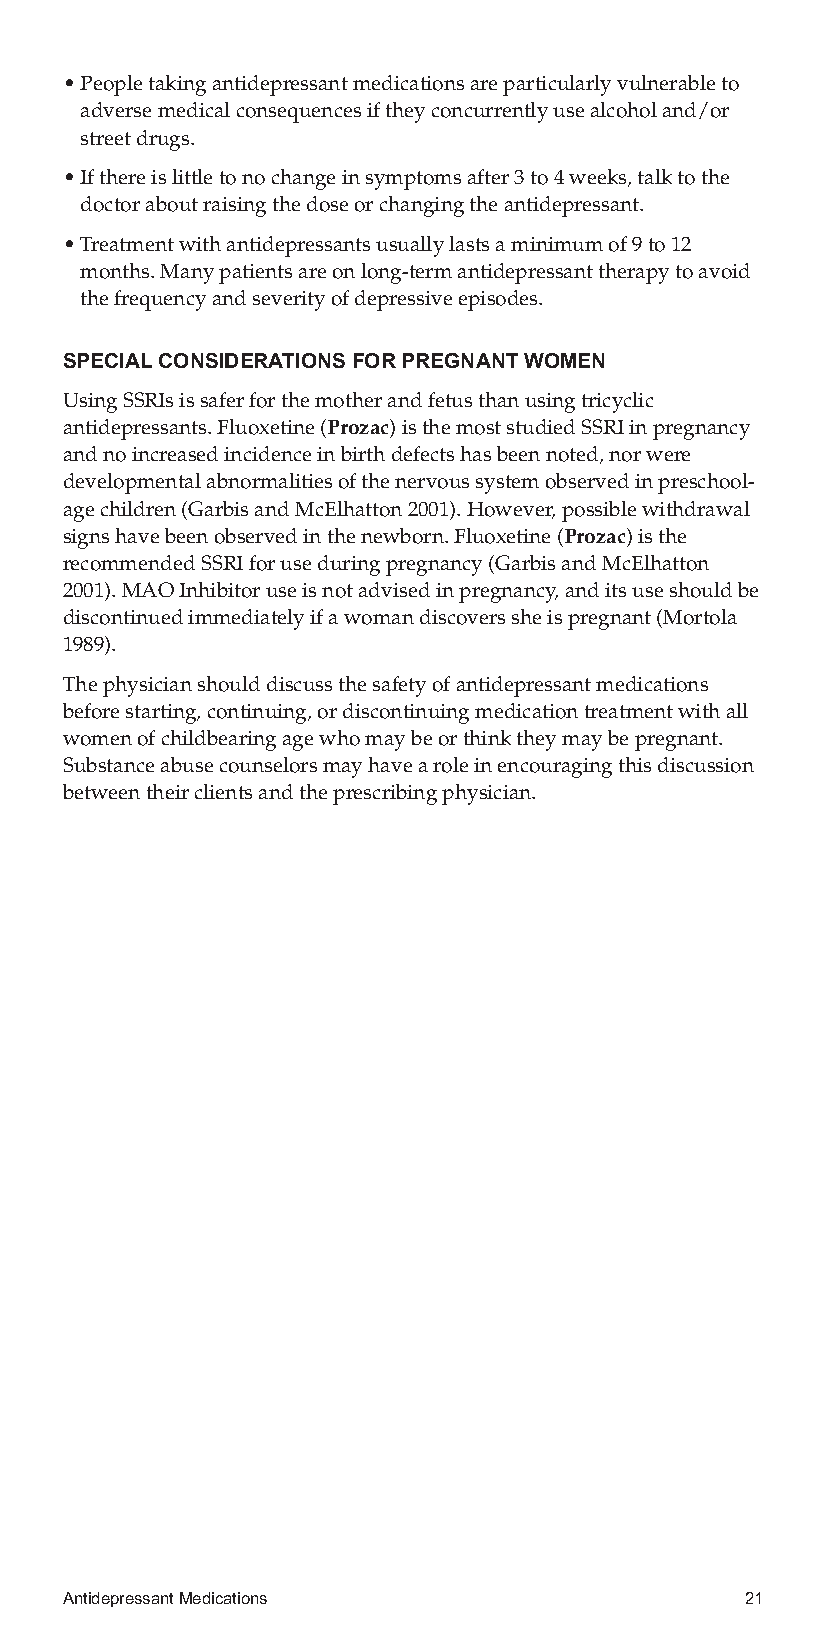
•Peopletakingantidepressantmedicationsareparticularlyvulnerableto
 adversemedicalconsequencesiftheyconcurrentlyusealcoholand/or
 streetdrugs.
 •Ifthereislittletonochangeinsymptomsafter3to4weeks,talktothe
 doctoraboutraisingthedoseorchangingtheantidepressant.
 •Treatmentwithantidepressantsusuallylastsaminimumof9to12
 months.Manypatientsareonlong-termantidepressanttherapytoavoid
 thefrequencyandseverityofdepressiveepisodes.
 SPECIALCONSIDERATIONSFORPREGNANTWOMEN
 UsingSSRIsissaferforthemotherandfetusthanusingtricyclic
 antidepressants.Fluoxetine(Prozac)isthemoststudiedSSRIinpregnancy
 andnoincreasedincidenceinbirthdefectshasbeennoted,norwere
 developmentalabnormalitiesofthenervoussystemobservedinpreschool-
 agechildren(GarbisandMcElhatton2001).However,possiblewithdrawal
 signshavebeenobservedinthenewborn.Fluoxetine(Prozac)isthe
 recommendedSSRIforuseduringpregnancy(GarbisandMcElhatton
 2001).MAOInhibitoruseisnotadvisedinpregnancy,anditsuseshouldbe
 discontinuedimmediatelyifawomandiscoverssheispregnant(Mortola
 1989).
 Thephysicianshoulddiscussthesafetyofantidepressantmedications
 beforestarting,continuing,ordiscontinuingmedicationtreatmentwithall
 womenofchildbearingagewhomaybeorthinktheymaybepregnant.
 Substanceabusecounselorsmayhavearoleinencouragingthisdiscussion
 betweentheirclientsandtheprescribingphysician.
 AntidepressantMedications                    21